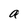
Character: a